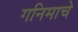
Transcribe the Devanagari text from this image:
गनिमाचे